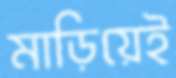
মাড়িয়েই